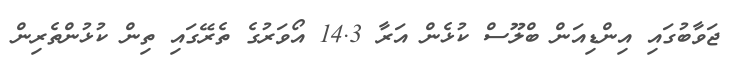
ޖަވާބުގައި އިންޑިއަން ބްލޫސް ކުޅެން އަރާ 14.3 އޯވަރުގެ ތެރޭގައި ތިން ކުޅުންތެރިން